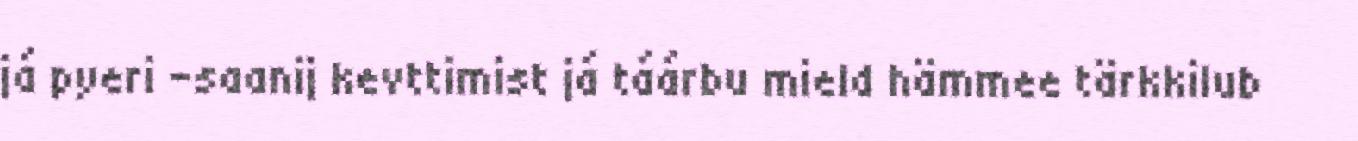
já pyeri -saanij kevttimist já táárbu mield hämmee tärkkilub